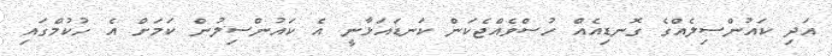
އަދި ކައުންސިލެއްގެ ގޮނޑިއެއް ހުސްވެއްޖެކަން ކަނޑައަޅާނީ އެ ކައުންސިލުން ކަމަށް އެ ހުކުމްގައި